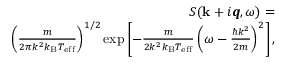
\begin{array} { r } { S ( { \bf k } + i \mathbfit { q } , \omega ) = } \\ { \left( \frac { m } { 2 \pi k ^ { 2 } k _ { \mathrm { B } } T _ { \mathrm { e f f } } } \right) ^ { 1 / 2 } \exp \left[ - \frac { m } { 2 k ^ { 2 } k _ { \mathrm { B } } T _ { \mathrm { e f f } } } \left( \omega - \frac { \hbar k ^ { 2 } } { 2 m } \right) ^ { 2 } \right] , } \end{array}